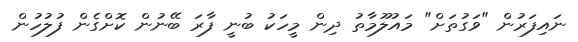
ނައިފަރުން "ވަގުތަށް" މައުލޫމާތު ދިން މީހަކު ބުނީ ފާރަ ބޭނުން ކޮށްގެން ފުލުހުން